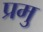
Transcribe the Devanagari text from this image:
प्रमु